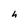
Character: h